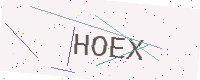
Text: HOEX